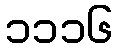
၁၁၁၆